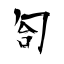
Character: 匌